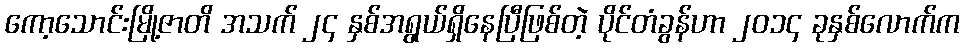
ကော့သောင်းမြို့ဇာတိ အသက် ၂၄ နှစ်အရွယ်ရှိနေပြီဖြစ်တဲ့ ပိုင်တံခွန်ဟာ ၂၀၁၄ ခုနှစ်လောက်က